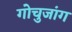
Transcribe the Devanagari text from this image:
गोचुजांग